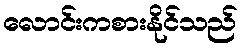
လောင်းကစားနိုင်သည်